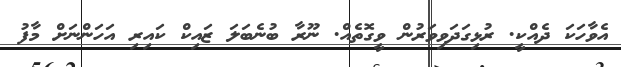
އެވާހަކަ ދެއްކީ. ރުޅިގަދަވިވަރުން ވީގޮތެއް. ނޫރާ ބުނެބަލަ ޒައިކް ކައިރި އަހަންނަށް މާފު